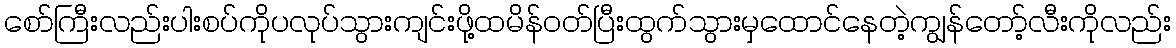
စော်ကြီးလည်းပါးစပ်ကိုပလုပ်သွားကျင်းဖို့ထမိန်ဝတ်ပြီးထွက်သွားမှထောင်နေတဲ့ကျွန်တော့်လီးကိုလည်း